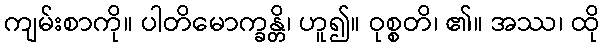
ကျမ်းစာကို။ ပါတိမောက္ခန္တိ၊ ဟူ၍။ ဝုစ္စတိ၊ ၏။ အဿ၊ ထို